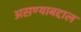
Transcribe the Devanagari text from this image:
असण्याबद्दाल